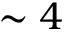
\sim 4